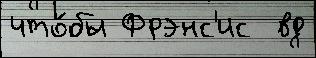
что́бы Фрэнс'ис  вд